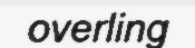
overling